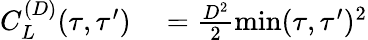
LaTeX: \begin{array}{rl}{C_{L}^{(D)}(\tau,\tau^{\prime})}&{{}=\frac{D^{2}}{2}\operatorname*{min}(\tau,\tau^{\prime})^{2}}\end{array}